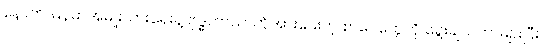
နောက် မြန်မာအမျိုးသားရေးနဲ့ ဗုဒ္ဓဘာသာကိုအားပေးတဲ့ စာပေတွေကို ရွေးချယ်တာများပြီး